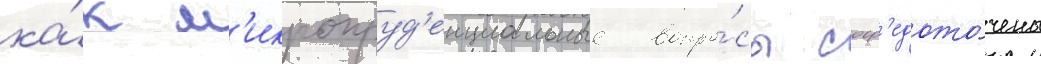
ка́к м'икропруд'енциальные вопро́сы соср'едото́чены